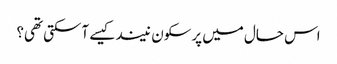
اس حال میں پرسکون نیند کیسے آسکتی تھی؟